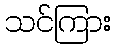
သင်ကြား